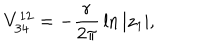
V _ { 3 4 } ^ { 1 2 } = - { \frac { r } { 2 \pi } } \ln | z _ { 1 } | ,